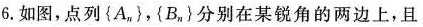
6.如图，点列\left\{A_{n}\right\}，\left\{B_{n}\right\}分别在某锐角的两边上，且